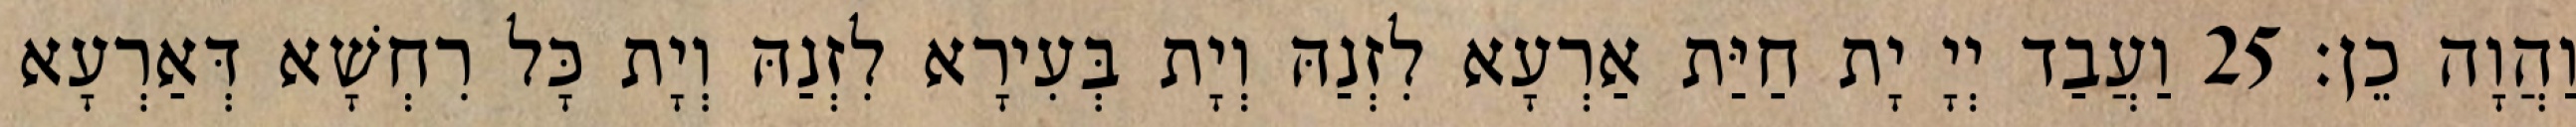
וַהֲוָה כֵן׃ 25 וַעֲבַד יְיָ יָת חַיַּת אַרְעָא לִזְנַהּ וְיָת בְּעִירָא לִזְנַהּ וְיָת כָּל רִחְשָׁא דְּאַרְעָא